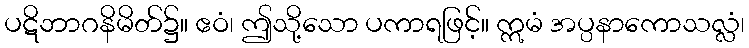
ပဋိဘာဂနိမိတ်၌။ ဧဝံ၊ ဤသို့သော ပကာရဖြင့်။ ဣမံ အပ္ပနာကောသလ္လံ၊